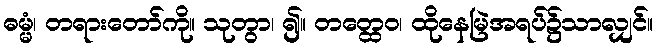
ဓမ္မံ၊ တရားတော်ကို။ သုတွာ၊ ၍။ တတ္ထေဝ၊ ထိုနေမြဲအရပ်၌သာလျှင်။